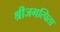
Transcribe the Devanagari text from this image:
श्रीजगत्पिता